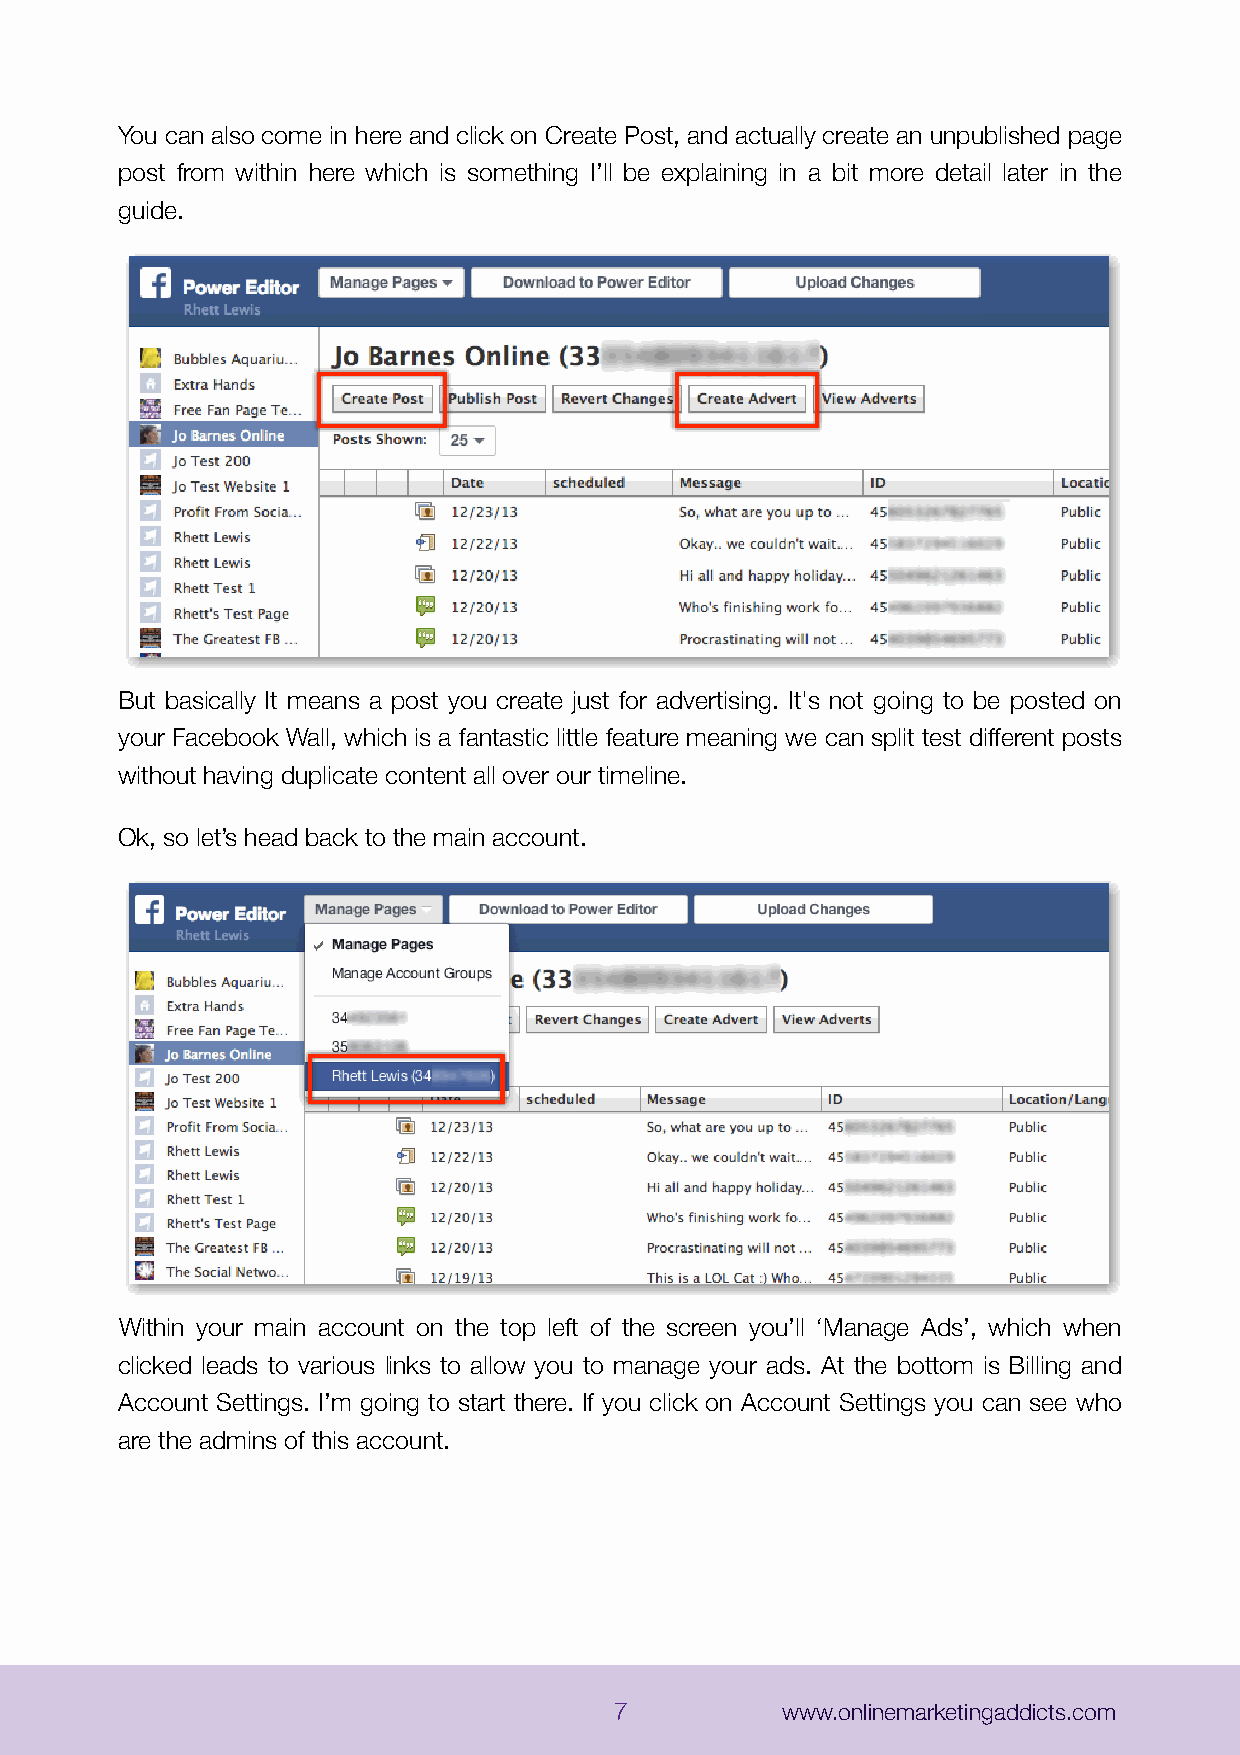
You can also come in here and click on Create Post, and actually create an unpublished page
 post from within here which is something I’ll be explaining in a bit more detail later in the
 guide.
 But basically It means a post you create just for advertising. It's not going to be posted on
 your Facebook Wall, which is a fantastic little feature meaning we can split test different posts
 without having duplicate content all over our timeline.
 Ok, so let’s head back to the main account.
 Within your main account on the top left of the screen you’ll ‘Manage Ads’, which when
 clicked leads to various links to allow you to manage your ads. At the bottom is Billing and
 Account Settings. I’m going to start there. If you click on Account Settings you can see who
 are the admins of this account.
 7          www.onlinemarketingaddicts.com